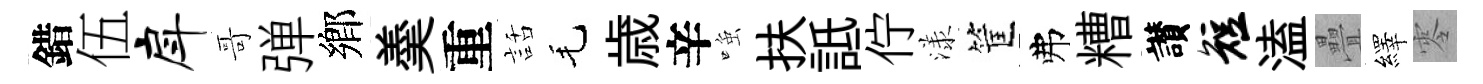
錯伍戽哥弹鄉羮重話毛歳辛𫪻扶詆佇漾筐弗糟讃短溘疊繹零